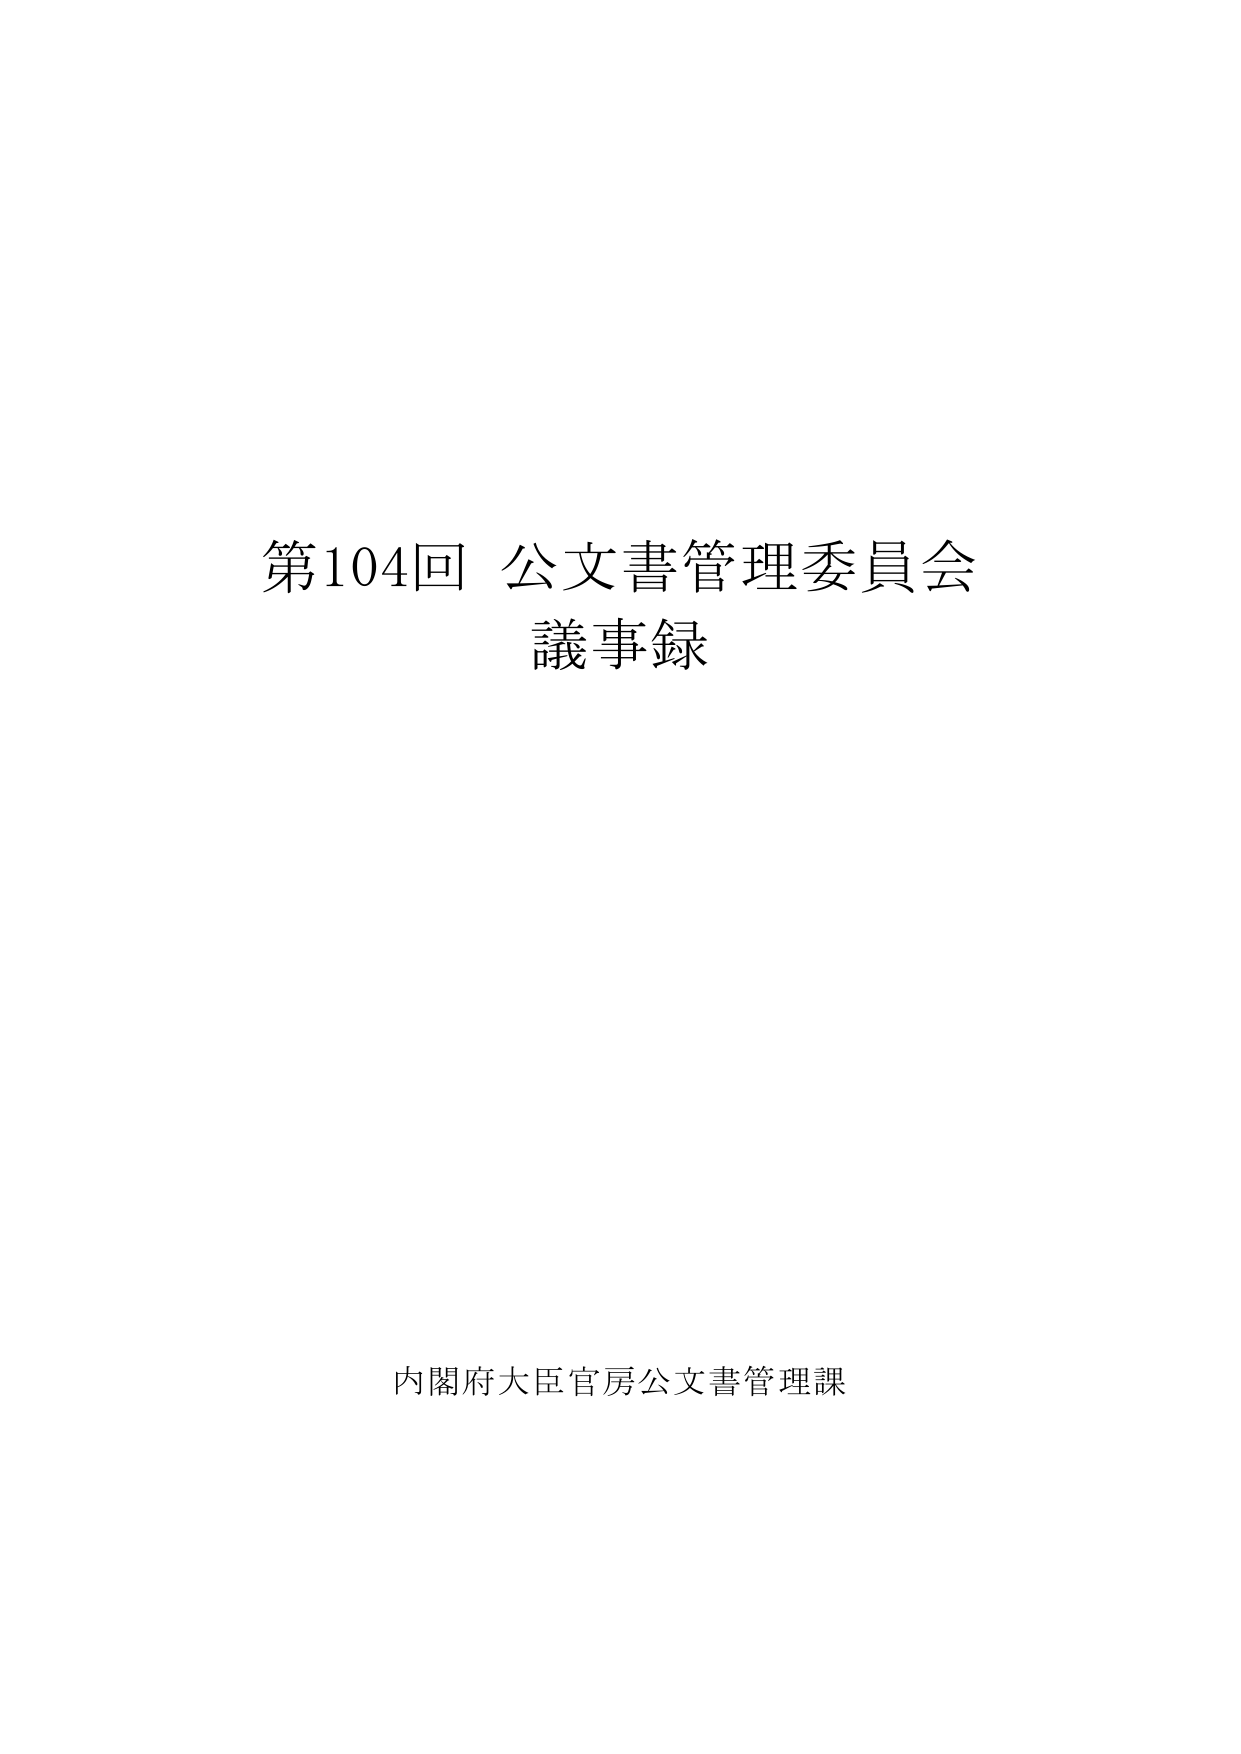
第104回 公文書管理委員会
議事録

内閣府大臣官房公文書管理課